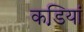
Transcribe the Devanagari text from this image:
कडि़यां